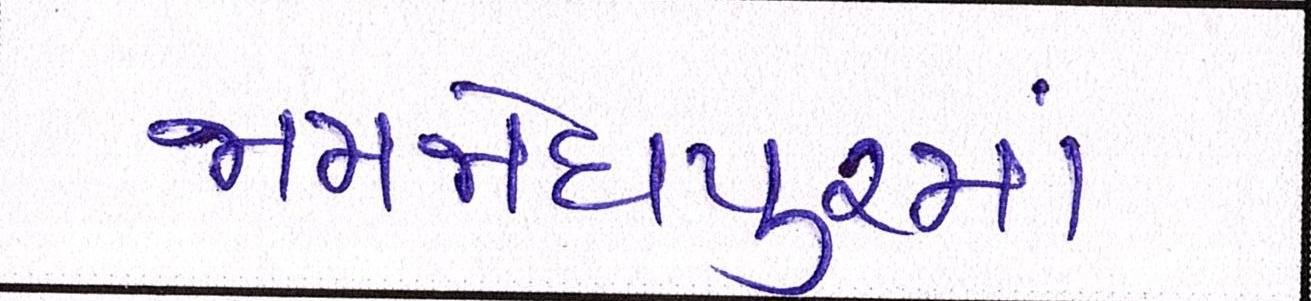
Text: જામજોધપુરમાં